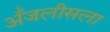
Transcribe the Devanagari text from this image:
अँजलीसला